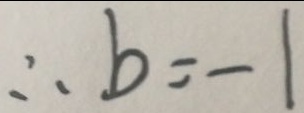
\therefore b = - 1